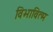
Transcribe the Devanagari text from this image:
विभावित्म